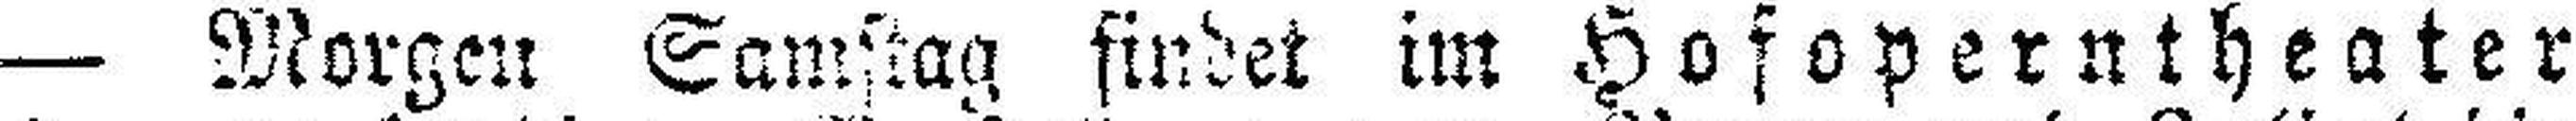
— Morgen Samstag findet im Hofoperntheater